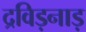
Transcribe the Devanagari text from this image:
द्रविड़नाड़